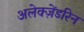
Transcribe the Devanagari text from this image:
अलेक्ज़ेंडरिन